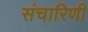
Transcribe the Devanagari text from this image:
संचारिणी